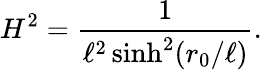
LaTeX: H^{2}={\frac{1}{\ell^{2}\sinh^{2}(r_{0}/\ell)}}.